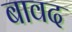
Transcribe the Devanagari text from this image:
बावद